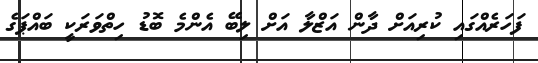
ފަހަރެއްގައި ކުރިއަށް ދާން އަޒްލާ އަށް ލިބޭ އެންމެ ބޮޑު ހިތްވަރަކީ ބައްޕަގެ